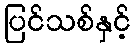
ပြင်သစ်နှင့်